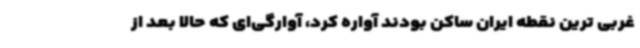
غربی ترین نقطه ایران ساکن بودند آواره کرد، آوارگی‌ای که حالا بعد از